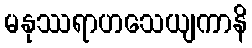
မနုဿရာဟသေယျကာနိ